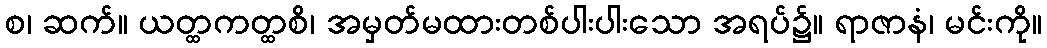
စ၊ ဆက်။ ယတ္ထကတ္ထစိ၊ အမှတ်မထားတစ်ပါးပါးသော အရပ်၌။ ရာဇာနံ၊ မင်းကို။